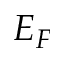
E _ { F }